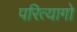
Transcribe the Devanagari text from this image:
परित्यागो